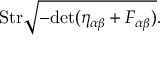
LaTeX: \mathrm { S t r } \sqrt { - \mathrm { d e t } ( \eta _ { \alpha \beta } + F _ { \alpha \beta } ) } .